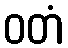
ဝတံ